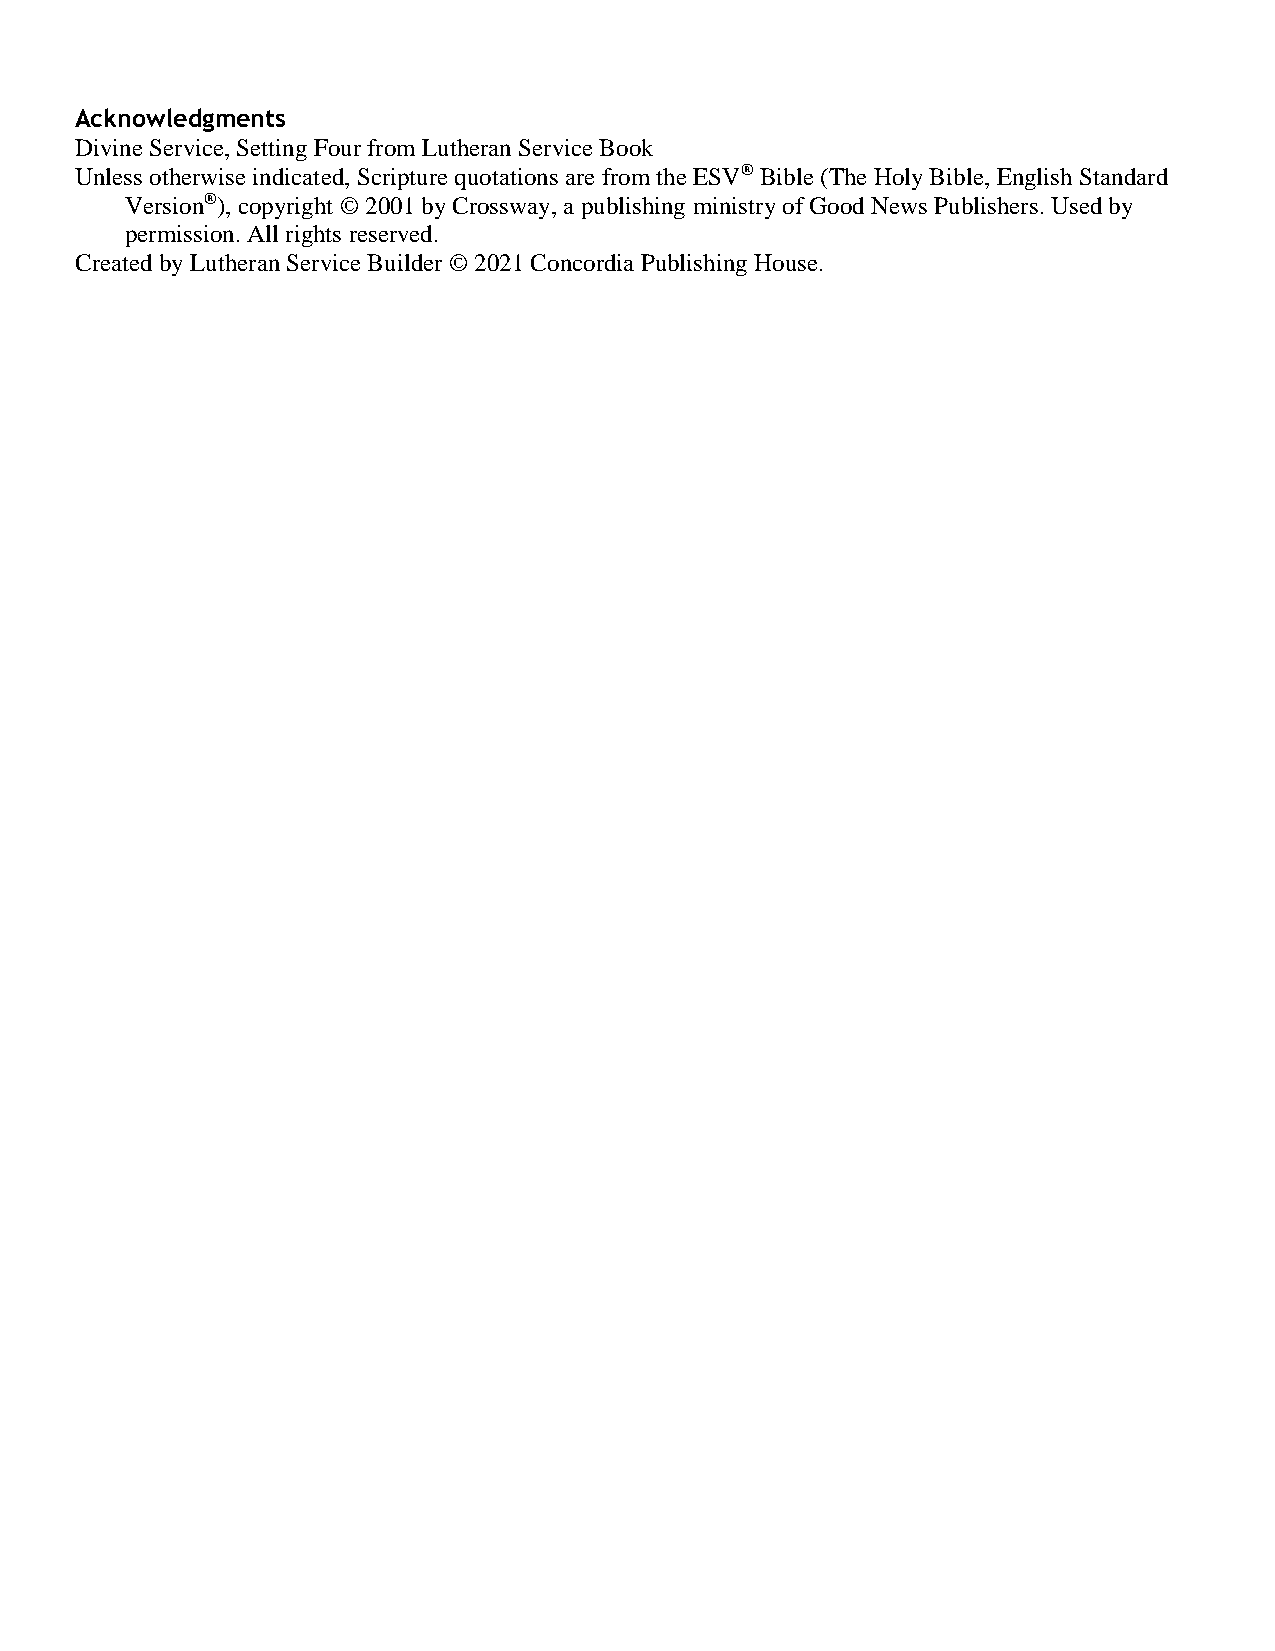
Acknowledgments
 Divine Service, Setting Four from Lutheran Service Book
 Unless otherwise indicated, Scripture quotations are from the ESV® Bible (The Holy Bible, English Standard
 Version®), copyright © 2001 by Crossway, a publishing ministry of Good News Publishers. Used by
 permission. All rights reserved.
 Created by Lutheran Service Builder © 2021 Concordia Publishing House.